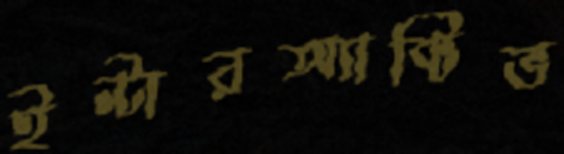
ইন্টারঅ্যাক্টিভ